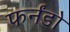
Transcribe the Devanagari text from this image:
फर्नंडो